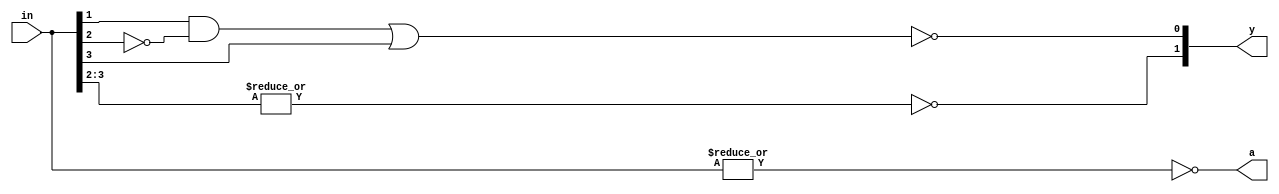
module airi5c_leading_zero_counter_4
(
    input   [3:0]   in,
    output  [1:0]   y,
    output          a
);

    assign  a       = ~|in;
    assign  y[0]    = !((in[1] && !in[2]) || in[3]);
    assign  y[1]    = ~|in[3:2];

endmodule